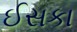
ઈસકા